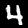
Digit: 4